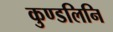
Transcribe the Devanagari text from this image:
कुण्डलिनि